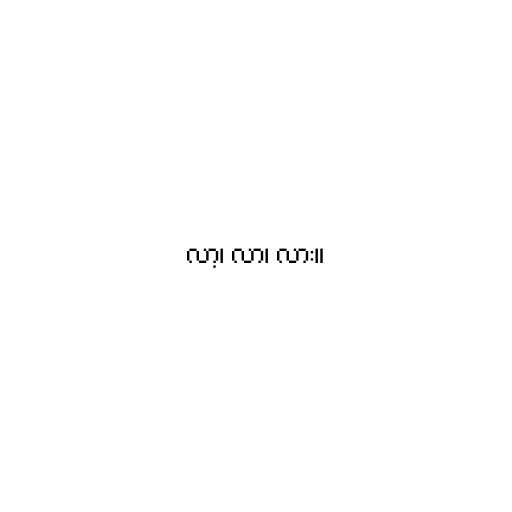
လာ့၊ လာ၊ လား။